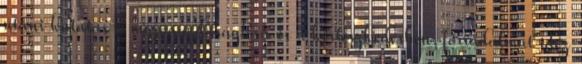
utáni kutatás a mezőgazdaságban és a kertészkedésben, forradalmat idéz